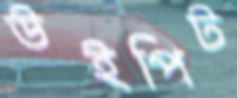
উইপিট